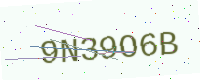
Text: 9N39O6B